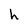
Character: h